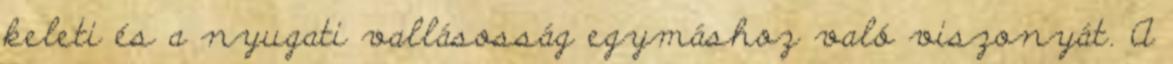
keleti és a nyugati vallásosság egymáshoz való viszonyát. A